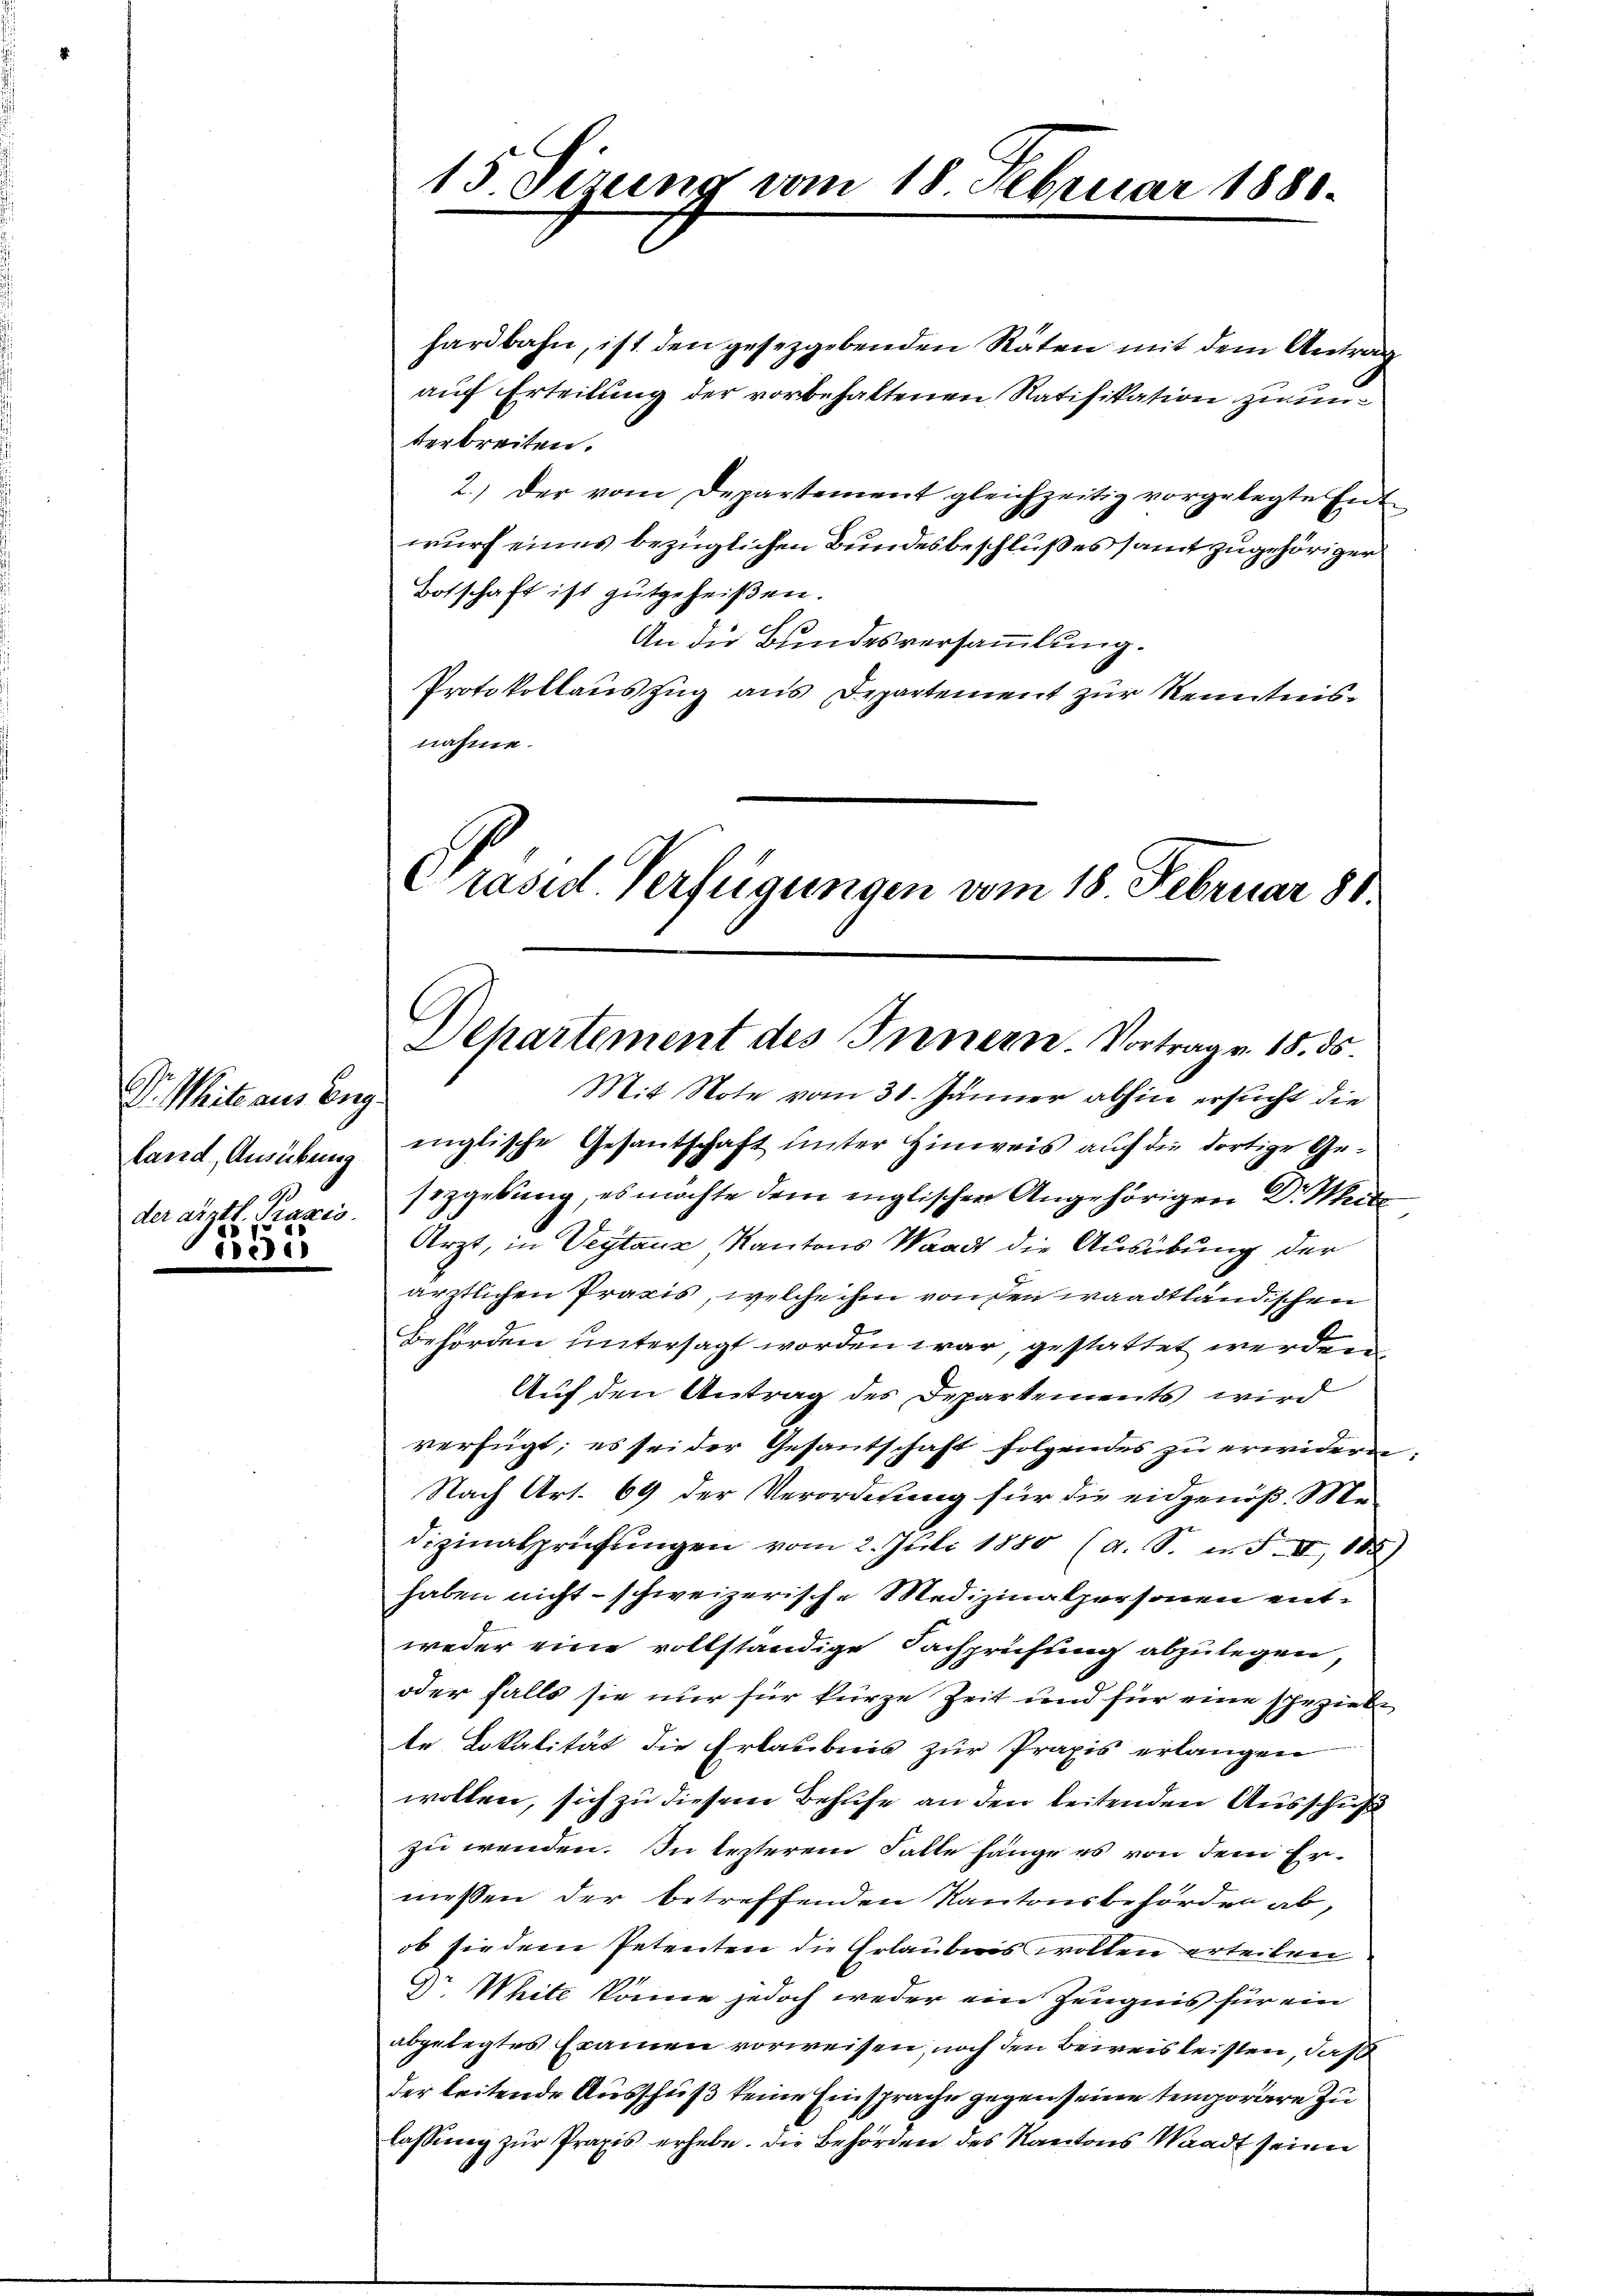
Dr. Weite aus Eig
land, Ausübung
G.
der arztl. Praxis
i

55

hardbahn, ist den gesetzgebenden Räten mit dem Antrag
auf Erteilung der vorbehaltenen Ratifikation zu unterbreiten.
2.) Der vom Departement gleichzeitig vorgelegte Ent-
wurf eines bezüglichen Bundesbeschlußes samt zugehöriger
Botschaft ist gutgeheißen.
An die Bundesversammlung.
Protokollauszug aus Departement zur Kenntnisnahme.

15 Sirung vom 18 Februar 1880.

Präsid. Verfügungen vom 18. Februar 88.
Separtement des Innern. Vortrag v. 18. ds.

Mit Note vom 31. Jänner abhin ersucht die
englische Gesantschaft unter Hinweis auf die dortige Gesizgebung, es möchte dem englischen Angehörigen Dr Weite
Arzt, in Veitaux Kantons Waadt die Ausübung der
ärztlichen Praxis, welche ihm von den waadtländischen
Behörden untersagt worden war, gestattet werden
Auf den Antrag des Departements wird
verfügt; es sei der Gesantschaft folgendes zu erwidern,
Nach Art. 69 der Verordnung für die eidgenöß. Me-
dizinalprüfŭngen vom 2. Juli 1880 (a. S. n. F. II, 188)
haben nicht - schweizerische Medizinalpersonen entweder eine vollständige Fachprüfung abzulegen,
oder falls sie nur für kurze Zeit und für eine spezielte Lokalität die Erlaubnis zur Praxis erlangen
wollen, sich zu diesem Behufe an den leitenden Ausschuß
zu werden. In lezterem Falle hänge es von dem Ermessen der betreffenden Kantonsbehörden ab,
ob sie dem Petenten die Erlaubnis wollen erteilen
G. White könne jedoch weder ein Zeugnis für ein
abgelegtes Eramen vorweisen, noch den Beweis leisten, daß
der leitende Ausschuß keine Einsprache gegen seine temporäre zu
lassŭng zŭr Praxis erhebe. Die Behörden des Kantons Waadt seiner